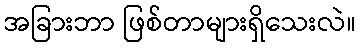
အခြားဘာ ဖြစ်တာများရှိသေးလဲ။